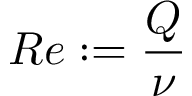
R e : = \frac { Q } { \nu }